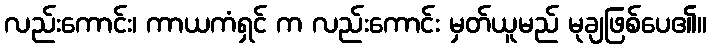
လည်းကောင်း၊ ကာယကံရှင် က လည်းကောင်း မှတ်ယူမည် မုချဖြစ်ပေ၏။